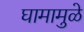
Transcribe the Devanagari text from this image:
घामामुळे